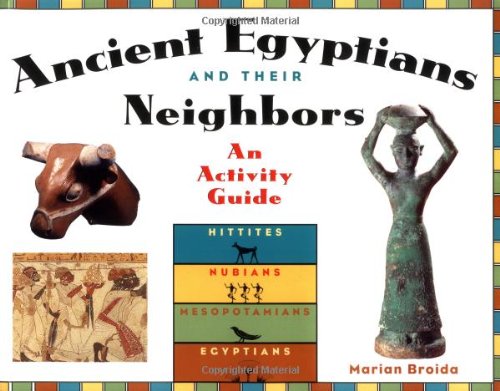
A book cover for Ancient Egyptians and Their Neighbors: An Activity Guide; Marian Broida; Children's Books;